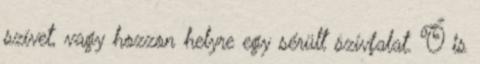
szívet, vagy hozzon helyre egy sérült szívfalat. Ő is